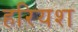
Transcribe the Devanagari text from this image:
हरियश